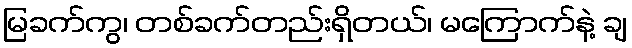
မြခက်ကွ၊ တစ်ခက်တည်းရှိတယ်၊ မကြောက်နဲ့ ချ